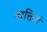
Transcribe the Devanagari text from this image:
व्यक्तिगं